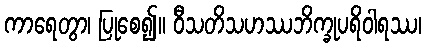
ကာရေတွာ၊ ပြုစေ၍။ ဝီသတိသဟဿဘိက္ခုပရိဝါရဿ၊